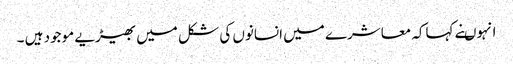
انہوںنے کہاکہ معاشرے میں انسانوں کی شکل میں بھیڑیے موجود ہیں ۔